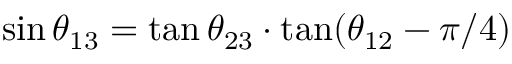
\sin \theta _ { 1 3 } = \tan \theta _ { 2 3 } \cdot \tan ( \theta _ { 1 2 } - \pi / 4 )